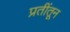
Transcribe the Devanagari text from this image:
प्रतींतून